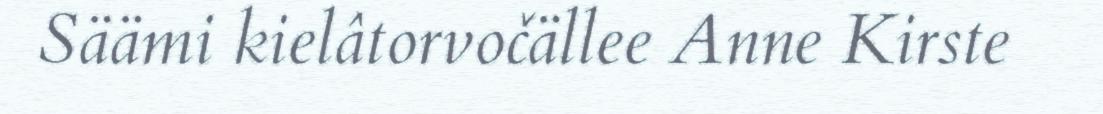
Säämi kielâtorvočällee Anne Kirste